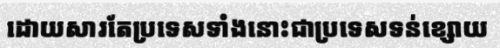
ដោយសារតែប្រទេសទាំងនោះជាប្រទេសទន់ខ្សោយ